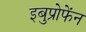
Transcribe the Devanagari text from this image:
इबुप्रोफेंन